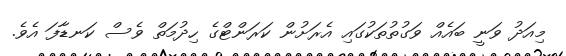
މިއަދު ވަނީ ބައެއް ވަގުތުތަކުގައި އެރަށުން ކަރަންޓްގެ ހިދުމަތް ވެސް ކަނޑާފަ އެވެ.